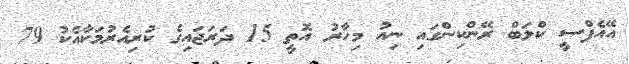
އޭއެފްސީ ކްލަބް ރޭންކިންގައި ނިއު މިހާރު އޮތީ 15 ދަރަޖައިގެ ކުރިއެރުމަކާއެކު 79